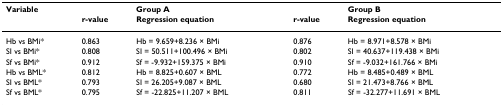
<table><thead><tr><td><b>Variable</b></td><td></td><td><b>Group A</b></td><td></td><td><b>Group B</b></td></tr><tr><td></td><td><b>r-value</b></td><td><b>Regression equation</b></td><td><b>r-value</b></td><td><b>Regression equation</b></td></tr></thead><tbody><tr><td>Hb vs BMi*</td><td>0.863</td><td>Hb = 9.659+8.236 × BMi</td><td>0.876</td><td>Hb = 8.971+8.578 × BMi</td></tr><tr><td>SI vs BMi*</td><td>0.808</td><td>SI = 50.511+100.496 × BMi</td><td>0.802</td><td>SI = 40.637+119.438 × BMi</td></tr><tr><td>Sf vs BMi*</td><td>0.912</td><td>Sf = -9.932+159.375 × BMi</td><td>0.910</td><td>Sf = -9.032+161.766 × BMi</td></tr><tr><td>Hb vs BML*</td><td>0.812</td><td>Hb = 8.825+0.607 × BML</td><td>0.772</td><td>Hb = 8.485+0.489 × BML</td></tr><tr><td>SI vs BML*</td><td>0.793</td><td>SI = 26.205+9.087 × BML</td><td>0.680</td><td>SI = 21.473+8.766 × BML</td></tr><tr><td>Sf vs BML*</td><td>0.795</td><td>Sf = -22.825+11.207 × BML</td><td>0.811</td><td>Sf = -32.277+11.691 × BML</td></tr></tbody></table>